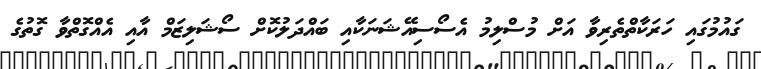
ގައުމުގައި ހަރަކާތްތެރިވާ އަށް މުސްލިމު އެސޯސިއޭޝަނަކާއި ބައްދަލުކޮށް ސޯޝަލިޒަމް އާއި އެއްގޮތްވާ ގޮތުގެ